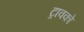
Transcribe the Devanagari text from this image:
ट्रावको